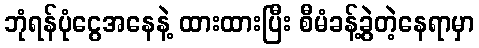
ဘုံရန်ပုံငွေအနေနဲ့ ထားထားပြီး စီမံခန့်ခွဲတဲ့နေရာမှာ